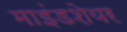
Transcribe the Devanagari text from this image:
माइंडशेयर